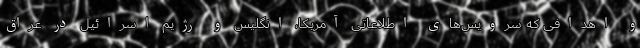
و اهدافی که سرویس‌های اطلاعاتی آمریکا، انگلیس و رژیم اسرائیل در عراق